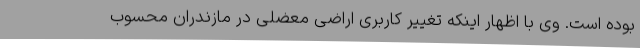
بوده است. وی با اظهار اینکه تغییر کاربری اراضی معضلی در مازندران محسوب